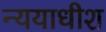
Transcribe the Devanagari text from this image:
न्ययाधीश